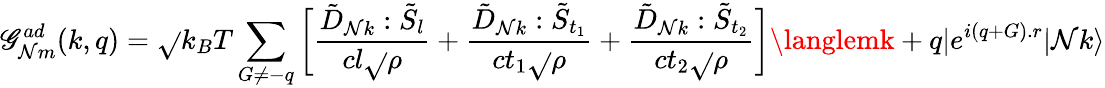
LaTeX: \mathscr{G}_{\mathcal{N}m}^{ad}(k,q)=\sqrt{}{{k_{B}T}}\sum_{G\neq-q}^{}\bigg[\frac{{\tilde{{D}}_{\mathcal{N}k}:\tilde{{S}}_{l}}}{{cl\sqrt{}{{\rho}}}}+\frac{{\tilde{{D}}_{\mathcal{N}k}:\tilde{{S}}_{t_{1}}}}{{ct_{1}\sqrt{}{{\rho}}}}+\frac{{\tilde{{D}}_{\mathcal{N}k}:\tilde{{S}}_{t_{2}}}}{{ct_{2}\sqrt{}{{\rho}}}}\bigg]\langlemk+q|e^{i(q+G).r}|\mathcal{N}k\rangle